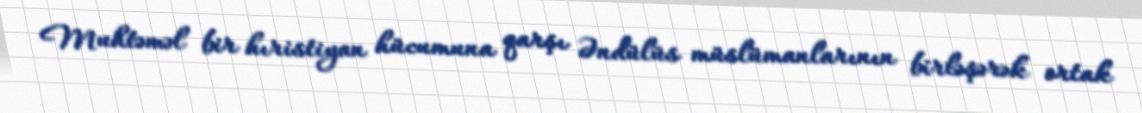
Muhtəməl bir hıristiyan hücumuna qarşı Əndülüs müslümanlarının birləşərək ortak